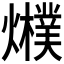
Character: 𤒊